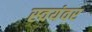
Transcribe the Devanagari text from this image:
स्‍वयंवर